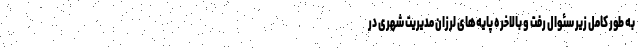
به طور کامل زیر سئوال رفت و بالاخره پایه‌های لرزان مدیریت شهری در